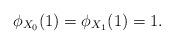
LaTeX: \begin{align*}\phi_{X_0}(1)=\phi_{X_1}(1)=1.\end{align*}